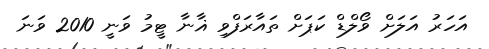
އަހަރު އަލަށް ވޯލްޑް ކަޕަށް ތައާރަފްވި ޣާނާ ޓީމު ވަނީ 2010 ވަނަ